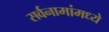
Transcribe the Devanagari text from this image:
सर्वनामांमध्ये